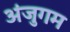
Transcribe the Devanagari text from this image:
अंजुगम